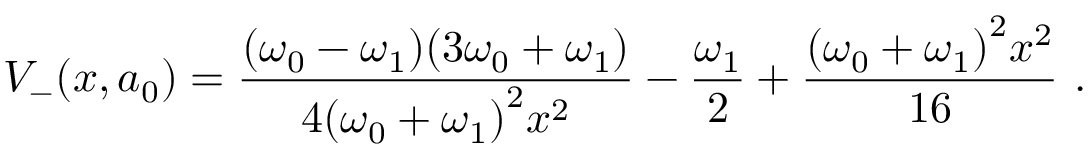
V _ { - } ( x , a _ { 0 } ) = \frac { ( \omega _ { 0 } - \omega _ { 1 } ) ( 3 \omega _ { 0 } + \omega _ { 1 } ) } { 4 { ( \omega _ { 0 } + \omega _ { 1 } ) } ^ { 2 } x ^ { 2 } } - \frac { \omega _ { 1 } } { 2 } + \frac { { ( \omega _ { 0 } + \omega _ { 1 } ) } ^ { 2 } x ^ { 2 } } { 1 6 } ~ .